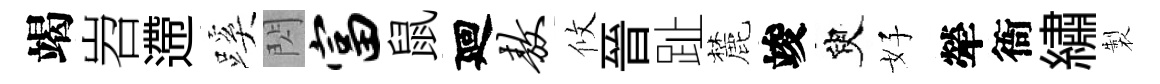
竭岧遰蹊閃富鼠廻敖攸晉趾麓竣臾好犖衙繡製